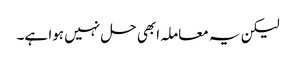
لیکن یہ معاملہ ابھی حل نہیں ہوا ہے۔